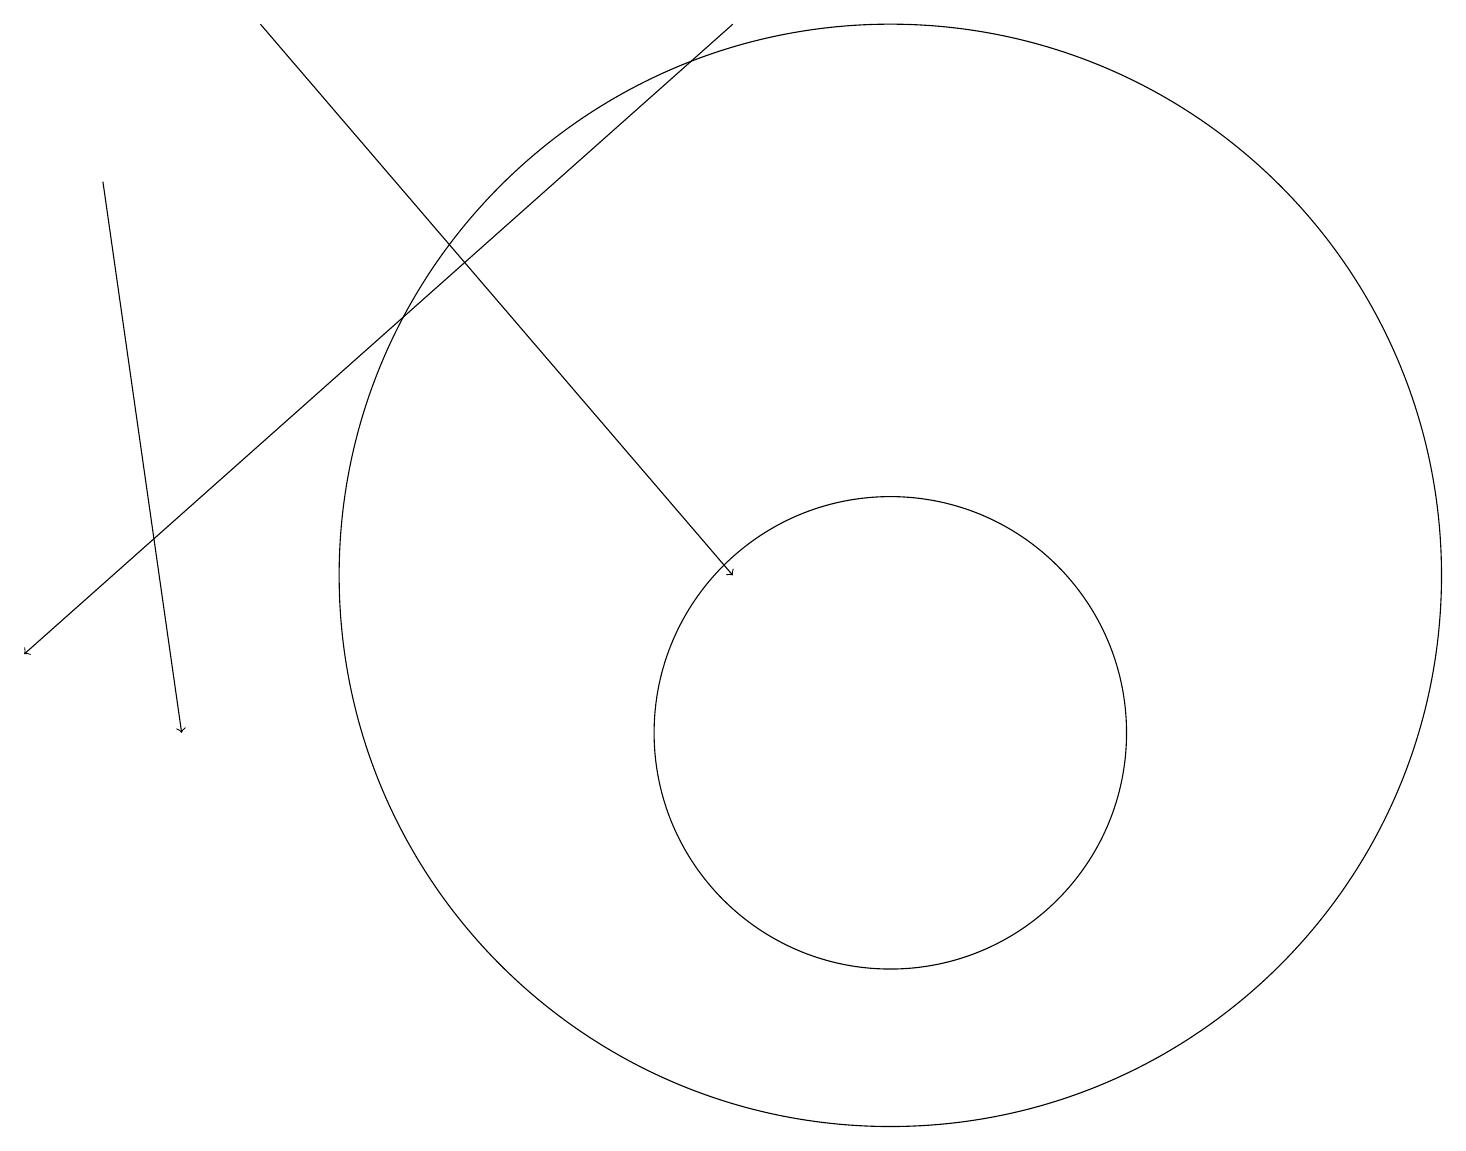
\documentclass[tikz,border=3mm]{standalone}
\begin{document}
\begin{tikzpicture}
\draw[->] (9,19) -- (0,11);
\draw[->] (1,17) -- (2,10);
\draw (11,10) circle (3);
\draw[->] (3,19) -- (9,12);
\draw (11,12) circle (7);
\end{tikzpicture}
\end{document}